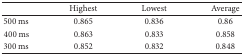
<table><thead><tr><td><b> </b></td><td><b>Highest</b></td><td><b>Lowest</b></td><td><b>Average</b></td></tr></thead><tbody><tr><td>500 ms</td><td>0.865</td><td>0.836</td><td>0.86</td></tr><tr><td>400 ms</td><td>0.863</td><td>0.833</td><td>0.858</td></tr><tr><td>300 ms</td><td>0.852</td><td>0.832</td><td>0.848</td></tr></tbody></table>